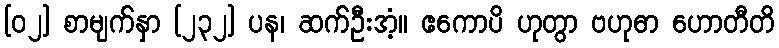
[၀၂] စာမျက်နှာ [၂၃၂] ပန၊ ဆက်ဦးအံ့။ ဧကောပိ ဟုတွာ ဗဟုဓာ ဟောတီတိ